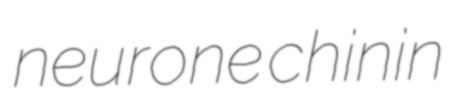
neurone chinin